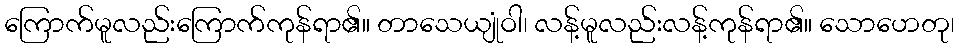
ကြောက်မူလည်းကြောက်ကုန်ရာ၏။ တာသေယျုံဝါ၊ လန့်မူလည်းလန့်ကုန်ရာ၏။ သောဟေတု၊